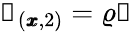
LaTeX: \mathscr{s}_{(\pmb{x},2)}=\varrho\mathscr{u}